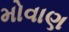
મોવાણ